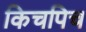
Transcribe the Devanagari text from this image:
किचपिच